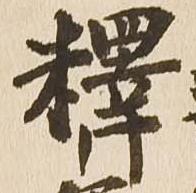
釈